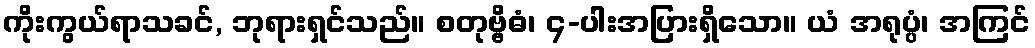
ကိုးကွယ်ရာသခင်, ဘုရားရှင်သည်။ စတုဗ္ဗိဓံ၊ ၄-ပါးအပြားရှိသော။ ယံ အရုပ္ပံ၊ အကြင်